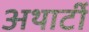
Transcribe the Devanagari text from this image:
अथार्टी